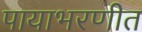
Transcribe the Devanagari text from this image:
पायाभरणीत